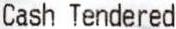
CASH TENDERED